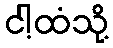
ငါ့ထံသို့